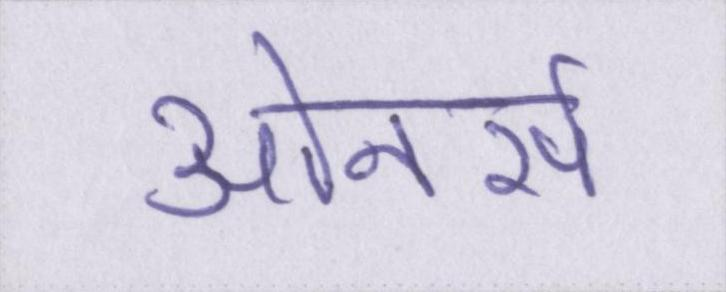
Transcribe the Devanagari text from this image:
ओनर्स